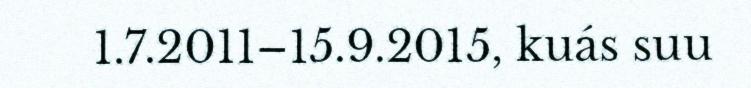
1.7.2011–15.9.2015, kuás suu